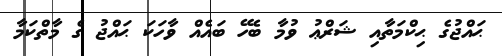
ޙައްޖުގެ ޙިކްމަތާއި ޝަރްޢު ވުމާ ބެހޭ ބައެއް ވާހަކަ ޙައްޖު ގެ މާތްކަމާ